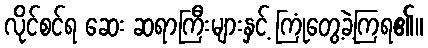
လိုင်စင်ရ ဆေး ဆရာကြီးများနှင့် ကြုံတွေ့ခဲ့ကြရ၏။